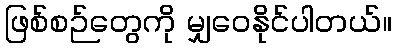
ဖြစ်စဉ်တွေကို မျှဝေနိုင်ပါတယ်။